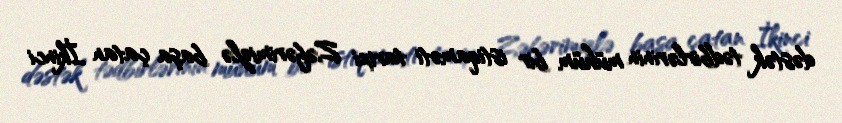
dəstək tədbirlərinin mühüm bir istiqaməti tarixi Zəfərimizlə başa çatan İkinci